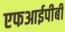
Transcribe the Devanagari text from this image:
एफआईपीबी